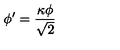
\phi ^ { \prime } = \frac { \kappa \phi } { \sqrt { 2 } }